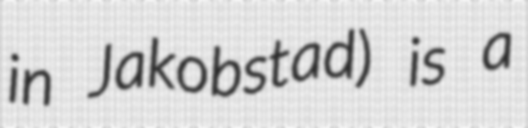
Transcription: in Jakobstad) is a